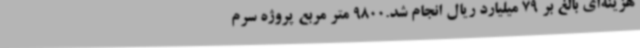
هزینه‌ای بالغ بر 79 میلیارد ریال انجام شد.9800 متر مربع پروژه سرم